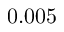
0 . 0 0 5